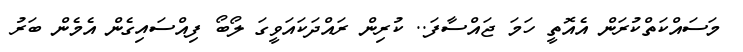
މަސައްކަތްކުރަން އެއޮތީ ހަމަ ޖައްސާފަ.. ކުރިން ރައްދަކައަވީގަ ލޯބޯ ފިއްސައިގެން އެމެން ބަރު